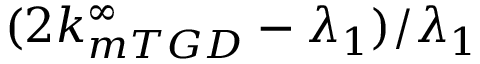
( 2 k _ { m T G D } ^ { \infty } - \lambda _ { 1 } ) / \lambda _ { 1 }